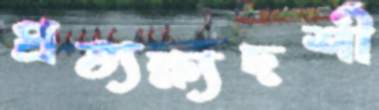
প্রত্যক্ষ্যদর্শী